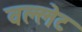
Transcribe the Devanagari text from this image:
वल्लेट